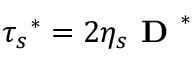
\boldsymbol { \tau _ { s } } ^ { * } = 2 \eta _ { s } \textbf { D } ^ { * }